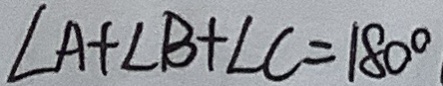
\angle A + \angle B + \angle C = 1 8 0 ^ { \circ }